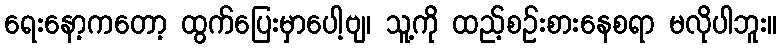
ရေးနော့ကတော့ ထွက်ပြေးမှာပေါ့ဗျ၊ သူ့ကို ထည့်စဉ်းစားနေစရာ မလိုပါဘူး။